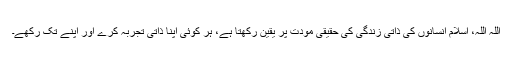
اللہ اللہ، اسلام انسانوں کی ذاتی زندگی کی حقیقی مودت پر یقین رکھتا ہے، ہر کوئی اپنا ذاتی تجربہ کرے اور اپنے تک رکھے۔